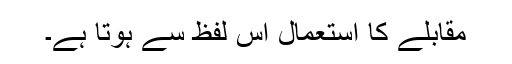
مقابلے کا استعمال اس لفظ سے ہوتا ہے۔